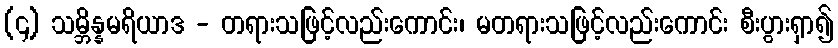
(၄) သမ္ဘိန္နမရိယာဒ - တရားသဖြင့်လည်းကောင်း၊ မတရားသဖြင့်လည်းကောင်း စီးပွားရှာ၍